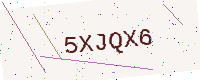
Text: 5XJQX6